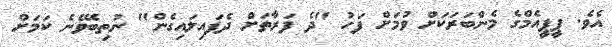
އެވެ. ޕީޕީއެމްގެ މެންބަރަކަށް ވުމަށް ފަހު "ދެ ފަރާތަށް ދެފައިލައިގެން" ނުތިބެވޭނެ ކަމަށް